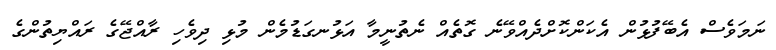
ނަމަވެސް އެބޭފުޅުން އެކަންކޮށްދެއްވޭނެ ގޮތެއް ނެތުނީމާ އަޅުނގަޑުމެން މުޅި ދިވެހި ރާއްޖޭގެ ރައްޔިތުންގެ